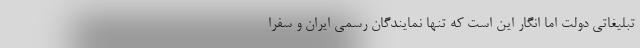
تبلیغاتی دولت اما انگار این است که تنها نمایندگان رسمی ایران و سفرا